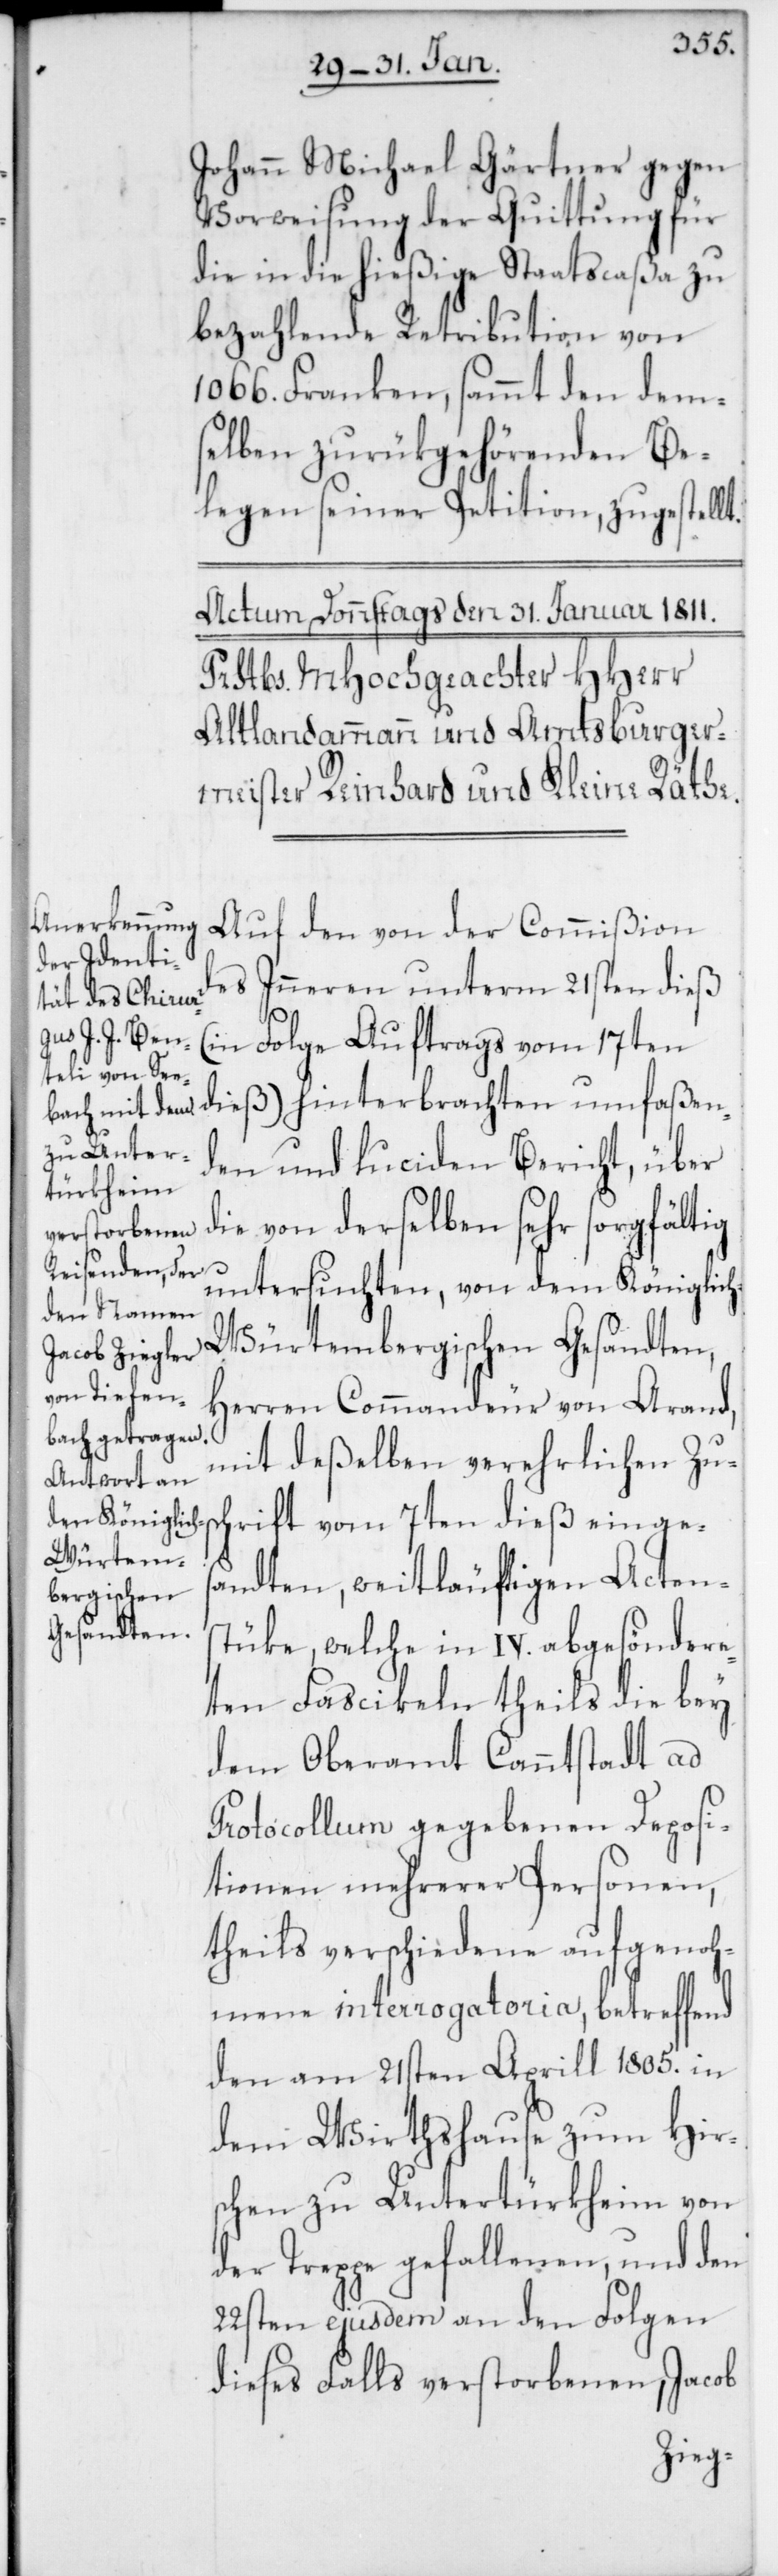
Johann Michael Gärtner gegen
Vorweisung der Quittung für
die in die hießige Staatscaßa zu
bezahlende Retribution von
1066. Franken, sammt den dem¬
selben zurükgehörenden Be¬
legen seiner Petition, zugestellt.
Auf den von der Commißion
des Inneren unterm 21sten dieß
(in Folge Auftrags vom 17ten
dieß) hinterbrachten umfaßen¬
den und luciden Bericht, über
die von derselben sehr sorgfältig
untersuchten, von dem Königlic¬
h-Würtembergischen Gesandten,
Herren Commandeur von Arand,
mit deßelben verehrlichen Zus¬
chrift vom 7ten dieß einges¬
andten, weitläufigen Actens¬
tüke, welche in IV. abgesöndere¬
ten Fascikeln theils die bey
dem Oberamt Cannstadt ad
Protocollum gegebenen Deposi¬
tionen mehrerer Personen,
theils verschiedene aufgenoh¬
mene interrogatoria, betreffend
den am 21sten Aprill 1805. in
dem Wirthshause zum Hir¬
schen zu Untertürkheim von
der Treppe gefallenen, und den
22sten ejusdem an den Folgen
dieses Falls verstorbenen, Jacob